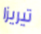
تيريزا